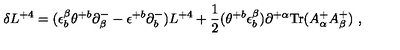
\delta L ^ { + 4 } = ( \epsilon _ { b } ^ { \beta } \theta ^ { + b } \partial _ { \beta } ^ { - } - \epsilon ^ { + b } \partial _ { b } ^ { - } ) L ^ { + 4 } + { \frac { 1 } { 2 } } ( \theta ^ { + b } \epsilon _ { b } ^ { \beta } ) \partial ^ { + \alpha } \mathrm { T r } ( A _ { \alpha } ^ { + } A _ { \beta } ^ { + } ) \ ,